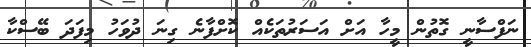
ނަފްސާނީ ގޮތުން މީހާ އަށް އަސަރުތަކެއް ކޮށްފާނެ ގިނަ ދުވަހު މިފަދަ ބޭސްކާ